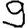
Digit: 9